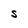
Character: S